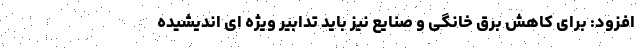
افزود: برای کاهش برق خانگی و صنایع نیز باید تدابیر ویژه ای اندیشیده